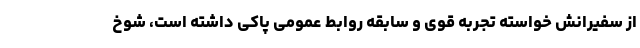
از سفیرانش خواسته تجربه قوی و سابقه روابط عمومی پاکی داشته است، شوخ